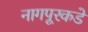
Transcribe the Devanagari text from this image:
नागपूरकडे